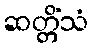
ဆတ္တိံသံ